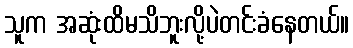
သူက အဆုံးထိမသိဘူးလို့ပဲတင်းခံနေတယ်။